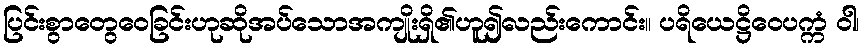
ပြင်းစွာတွေဝေခြင်းဟုဆိုအပ်သောအကျိုးရှိ၏ဟူ၍လည်းကောင်း။ ပရိယေဋ္ဌိဝေပက္ကံ ဝါ၊